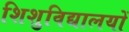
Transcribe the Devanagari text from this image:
शिशुविद्यालयों